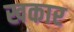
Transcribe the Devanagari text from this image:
खकार